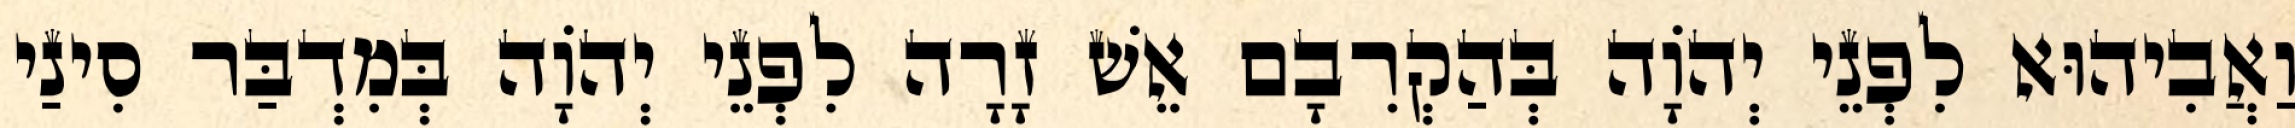
וַאֲבִיהוּא לִפְנֵי יְהֹוָה בְּהַקְרִבָם אֵשׁ זָרָה לִפְנֵי יְהוָֹה בְּמִדְבַּר סִינַי